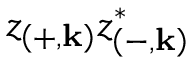
z _ { \left( + , \mathbf { k } \right) } z _ { \left( - , \mathbf { k } \right) } ^ { * }